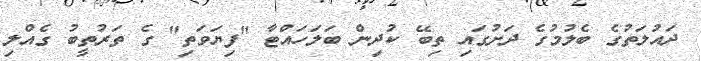
ދައުލަތުގެ ބެލުމުގެ ދަށުގައި ތިބޭ ކުދިން ބަލަހައްޓާ "ފިޔަވަތި" ގެ ތަރުތީބު ގެއްލި